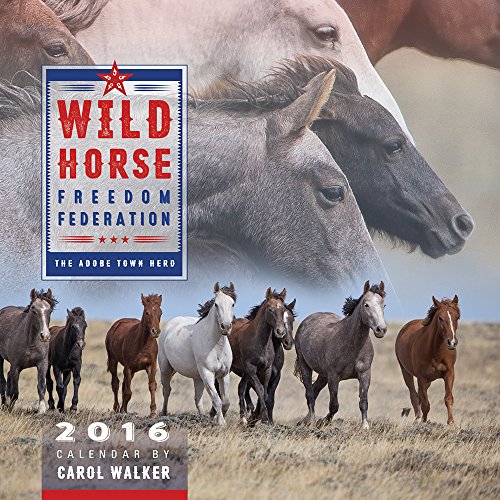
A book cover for Wild Horse Freedom Federation 2016 Calendar; Carol Walker; Calendars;